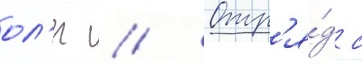
ол'ег // Отр'я́д с